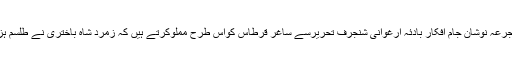
’’ساقیانِ خُم خانۂ اسما روجُرعہ نوشانِ جام افکار بادئہ ارغوانیِ شنجرف تحریرسے ساغرِ قرطاس کواس طرح مملوکرتے ہیں کہ زمرّد شاہ باختری نے طلسم ہزار شکل سے رہائی پائی۔